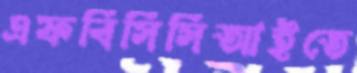
এফবিসিসিআইতে